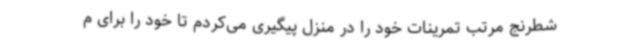
شطرنج مرتب تمرینات خود را در منزل پیگیری می‌کردم تا خود را برای م